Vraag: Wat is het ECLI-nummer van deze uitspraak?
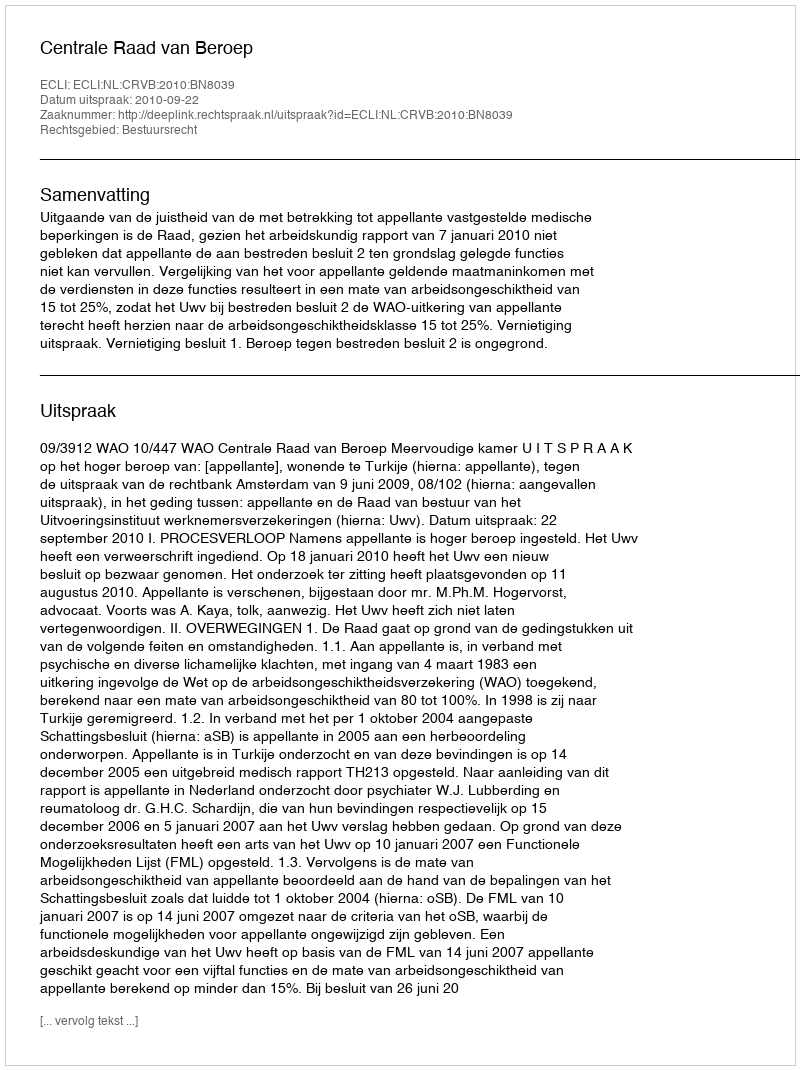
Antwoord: ECLI:NL:CRVB:2010:BN8039